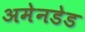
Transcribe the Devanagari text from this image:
अमेनडेड